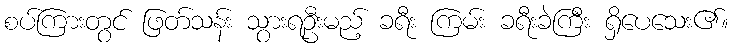
စပ်ကြားတွင် ဖြတ်သန်း သွားရဦးမည့် ခရီး ကြမ်း ခရီးခဲကြီး ရှိပေသေး၏။